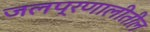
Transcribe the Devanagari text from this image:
जलप्रणालीतील